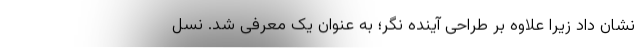
نشان داد زیرا علاوه بر طراحی آینده نگر؛ به عنوان یک معرفی شد. نسل